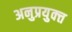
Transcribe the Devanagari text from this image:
अनुप्रयुक्त्त